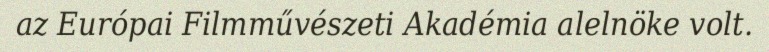
az Európai Filmművészeti Akadémia alelnöke volt.